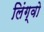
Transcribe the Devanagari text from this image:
लिंग्वो